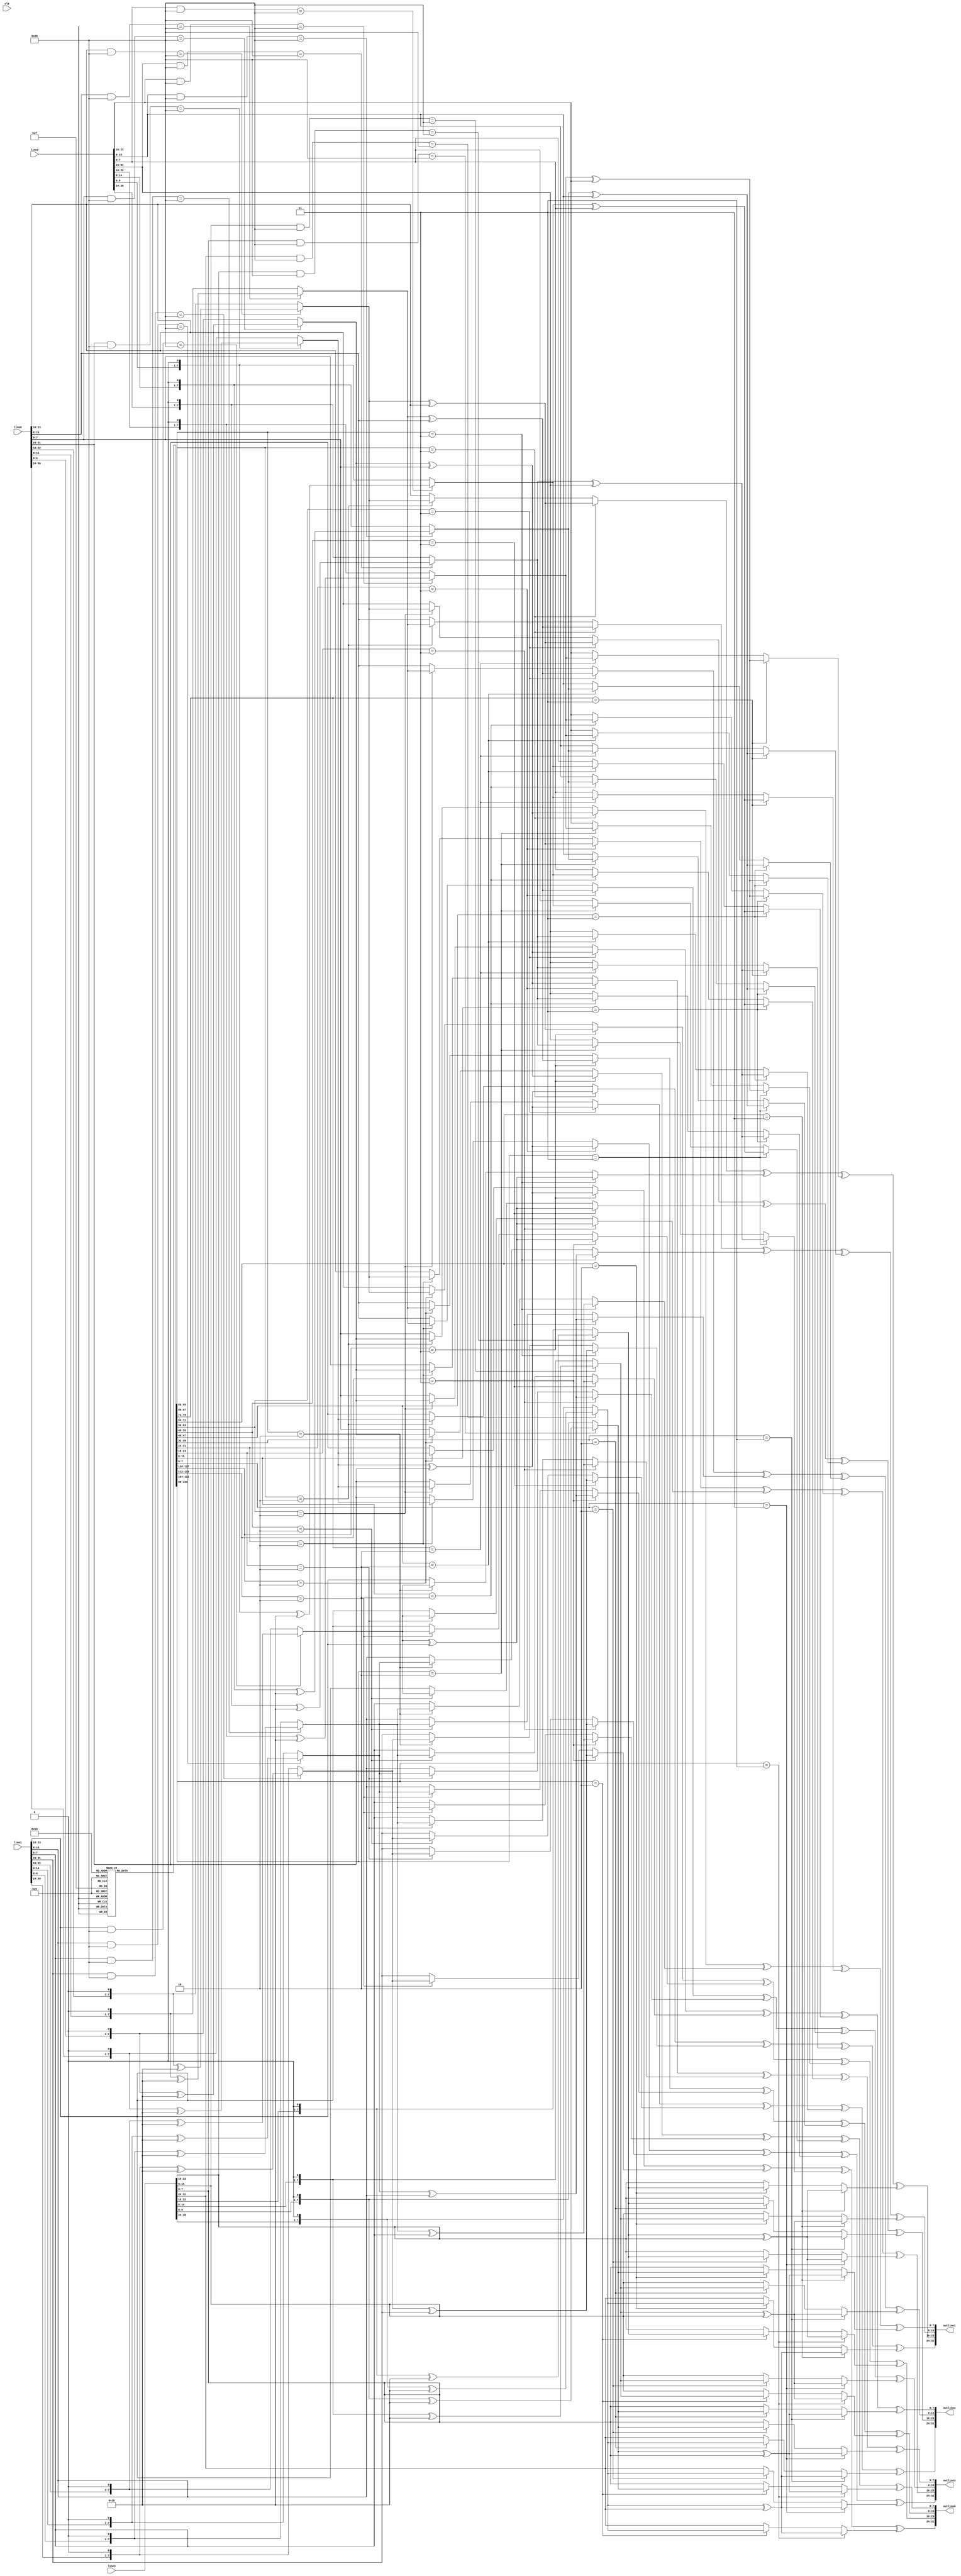
`timescale 1ps/1ps
module mixedColumns(input clk, input [31:0]line0, input [31:0]line1, input [31:0]line2, input [31:0]line3, 
                    output [31:0]outline0, output [31:0]outline1, output [31:0]outline2, output [31:0]outline3 
                    );

	reg[31:0]rijmatrix[3:0];
	reg[31:0]invmatrix[3:0];

	initial begin
		//Rijndael Matrix
		rijmatrix[0][31:24] <= 2;
		rijmatrix[0][23:16] <= 3;
		rijmatrix[0][15:8] <= 1;
		rijmatrix[0][7:0] <= 1;
		rijmatrix[1][31:24] <= 1;
		rijmatrix[1][23:16] <= 2;
		rijmatrix[1][15:8] <= 3;
		rijmatrix[1][7:0] <= 1;	
		rijmatrix[2][31:24] <= 1;
		rijmatrix[2][23:16] <= 1;
		rijmatrix[2][15:8] <= 2;
		rijmatrix[2][7:0] <= 3;	
		rijmatrix[3][31:24] <= 3;
		rijmatrix[3][23:16] <= 1;
		rijmatrix[3][15:8] <= 1;
		rijmatrix[3][7:0] <= 2;

		//Inverse Rijndael Matrix
		invmatrix[0][31:24] <= 14;
		invmatrix[0][23:16] <= 11;
		invmatrix[0][15:8] <= 13;
		invmatrix[0][7:0] <= 9;
		invmatrix[1][31:24] <= 9;
		invmatrix[1][23:16] <= 14;
		invmatrix[1][15:8] <= 13;
		invmatrix[1][7:0] <= 13;	
		invmatrix[2][31:24] <= 13;
		invmatrix[2][23:16] <= 9;
		invmatrix[2][15:8] <= 14;
		invmatrix[2][7:0] <= 11;	
		invmatrix[3][31:24] <= 11;
		invmatrix[3][23:16] <= 13;
		invmatrix[3][15:8] <= 9;
		invmatrix[3][7:0] <= 14;
	end

	function [7:0]gmul;
		input [7:0]in0;
		input [7:0]in1;
		gmul = (in1 == 3) ? (mul2(in0, in1) ^ in0) : (in1 == 2) ? mul2(in0, in1) : in0;
	endfunction	

	function [7:0]mul2;
		input [7:0]in0;
		input [7:0]in1;
		mul2 = ((in0 & 8'h80) == 8'h80) ? ((in0 << 1) ^ 8'h1b) : (in0 << 1);
	endfunction

	//Trying to figure out if there is a way to streamline mixCols.
	//As of right now values are hardcoded in, but this pains me.
	/*function [7:0]multiply;
		input [31:0]row;
		input [31:0]column;
	
	endfunction*/
	
//	always @(posedge clk) begin
	
//		if(!decrypt) begin	//encrypt
    //0th column
	assign outline0[31:24] = (gmul(line0[31:24], rijmatrix[0][31:24]) ^ gmul(line1[31:24],rijmatrix[0][23:16]) ^ gmul(line2[31:24],rijmatrix[0][15:8]) ^ gmul(line3[31:24],rijmatrix[0][7:0]));
	assign outline1[31:24] = (gmul(line0[31:24],rijmatrix[1][31:24]) ^ gmul(line1[31:24],rijmatrix[1][23:16]) ^ gmul(line2[31:24],rijmatrix[1][15:8]) ^ gmul(line3[31:24],rijmatrix[1][7:0]));
	assign outline2[31:24] = (gmul(line0[31:24],rijmatrix[2][31:24]) ^ gmul(line1[31:24],rijmatrix[2][23:16]) ^ gmul(line2[31:24],rijmatrix[2][15:8]) ^ gmul(line3[31:24],rijmatrix[2][7:0]));
	assign outline3[31:24] = (gmul(line0[31:24],rijmatrix[3][31:24]) ^ gmul(line1[31:24],rijmatrix[3][23:16]) ^ gmul(line2[31:24],rijmatrix[3][15:8]) ^ gmul(line3[31:24],rijmatrix[3][7:0]));

	//1st column
	assign outline0[23:16] = (gmul(line0[23:16],rijmatrix[0][31:24]) ^ gmul(line1[23:16],rijmatrix[0][23:16]) ^ gmul(line2[23:16],rijmatrix[0][15:8]) ^ gmul(line3[23:16],rijmatrix[0][7:0]));
	assign outline1[23:16] = (gmul(line0[23:16],rijmatrix[1][31:24]) ^ gmul(line1[23:16],rijmatrix[1][23:16]) ^ gmul(line2[23:16],rijmatrix[1][15:8]) ^ gmul(line3[23:16],rijmatrix[1][7:0]));
	assign outline2[23:16] = (gmul(line0[23:16],rijmatrix[2][31:24]) ^ gmul(line1[23:16],rijmatrix[2][23:16]) ^ gmul(line2[23:16],rijmatrix[2][15:8]) ^ gmul(line3[23:16],rijmatrix[2][7:0]));
	assign outline3[23:16] = (gmul(line0[23:16],rijmatrix[3][31:24]) ^ gmul(line1[23:16],rijmatrix[3][23:16]) ^ gmul(line2[23:16],rijmatrix[3][15:8]) ^ gmul(line3[23:16],rijmatrix[3][7:0]));

	//2nd column
	assign outline0[15:8] = (gmul(line0[15:8],rijmatrix[0][31:24]) ^ gmul(line1[15:8],rijmatrix[0][23:16]) ^ gmul(line2[15:8],rijmatrix[0][15:8]) ^ gmul(line3[15:8],rijmatrix[0][7:0]));
	assign outline1[15:8] = (gmul(line0[15:8],rijmatrix[1][31:24]) ^ gmul(line1[15:8],rijmatrix[1][23:16]) ^ gmul(line2[15:8],rijmatrix[1][15:8]) ^ gmul(line3[15:8],rijmatrix[1][7:0]));
	assign outline2[15:8] = (gmul(line0[15:8],rijmatrix[2][31:24]) ^ gmul(line1[15:8],rijmatrix[2][23:16]) ^ gmul(line2[15:8],rijmatrix[2][15:8]) ^ gmul(line3[15:8],rijmatrix[2][7:0]));
	assign outline3[15:8] = (gmul(line0[15:8],rijmatrix[3][31:24]) ^ gmul(line1[15:8],rijmatrix[3][23:16]) ^ gmul(line2[15:8],rijmatrix[3][15:8]) ^ gmul(line3[15:8],rijmatrix[3][7:0]));
	//3rd column
	assign outline0[7:0] = (gmul(line0[7:0],rijmatrix[0][31:24]) ^ gmul(line1[7:0],rijmatrix[0][23:16]) ^ gmul(line2[7:0],rijmatrix[0][15:8]) ^ gmul(line3[7:0],rijmatrix[0][7:0]));
	assign outline1[7:0] = (gmul(line0[7:0],rijmatrix[1][31:24]) ^ gmul(line1[7:0],rijmatrix[1][23:16]) ^ gmul(line2[7:0],rijmatrix[1][15:8]) ^ gmul(line3[7:0],rijmatrix[1][7:0]));
	assign outline2[7:0] = (gmul(line0[7:0],rijmatrix[2][31:24]) ^ gmul(line1[7:0],rijmatrix[2][23:16]) ^ gmul(line2[7:0],rijmatrix[2][15:8]) ^ gmul(line3[7:0],rijmatrix[2][7:0]));
	assign outline3[7:0] = (gmul(line0[7:0],rijmatrix[3][31:24]) ^ gmul(line1[7:0],rijmatrix[3][23:16]) ^ gmul(line2[7:0],rijmatrix[3][15:8]) ^ gmul(line3[7:0],rijmatrix[3][7:0]));

/*		end
		else begin //decrypt
			//0th column
			outline0[31:24] <= ((line0[31:24] * invmatrix[0][31:24]) + (line1[31:24] * invmatrix[0][23:16]) + (line2[31:24] * invmatrix[0][15:8]) + (line3[31:24] * invmatrix[0][7:0]));
			outline1[31:24] <= ((line0[31:24] * invmatrix[1][31:24]) + (line1[31:24] * invmatrix[1][23:16]) + (line2[31:24] * invmatrix[1][15:8]) + (line3[31:24] * invmatrix[1][7:0]));
			outline2[31:24] <= ((line0[31:24] * invmatrix[2][31:24]) + (line1[31:24] * invmatrix[2][23:16]) + (line2[31:24] * invmatrix[2][15:8]) + (line3[31:24] * invmatrix[2][7:0]));
			outline3[31:24] <= ((line0[31:24] * invmatrix[3][31:24]) + (line1[31:24] * invmatrix[3][23:16]) + (line2[31:24] * invmatrix[3][15:8]) + (line3[31:24] * invmatrix[3][7:0]));

			//1st column
			outline0[23:16] <= ((line0[23:16] * invmatrix[0][31:24]) + (line1[23:16] * invmatrix[0][23:16]) + (line2[23:16] * invmatrix[0][15:8]) + (line3[23:16] * invmatrix[0][7:0]));
			outline1[23:16] <= ((line0[23:16] * invmatrix[1][31:24]) + (line1[23:16] * invmatrix[1][23:16]) + (line2[23:16] * invmatrix[1][15:8]) + (line3[23:16] * invmatrix[1][7:0]));
			outline2[23:16] <= ((line0[23:16] * invmatrix[2][31:24]) + (line1[23:16] * invmatrix[2][23:16]) + (line2[23:16] * invmatrix[2][15:8]) + (line3[23:16] * invmatrix[2][7:0]));
			outline3[23:16] <= ((line0[23:16] * invmatrix[3][31:24]) + (line1[23:16] * invmatrix[3][23:16]) + (line2[23:16] * invmatrix[3][15:8]) + (line3[23:16] * invmatrix[3][7:0]));
	
			//2nd column
			outline0[15:8] <= ((line0[15:8] * invmatrix[0][31:24]) + (line1[15:8] * invmatrix[0][23:16]) + (line2[15:8] * invmatrix[0][15:8]) + (line3[15:8] * invmatrix[0][7:0]));
			outline1[15:8] <= ((line0[15:8] * invmatrix[1][31:24]) + (line1[15:8] * invmatrix[1][23:16]) + (line2[15:8] * invmatrix[1][15:8]) + (line3[15:8] * invmatrix[1][7:0]));
			outline2[15:8] <= ((line0[15:8] * invmatrix[2][31:24]) + (line1[15:8] * invmatrix[2][23:16]) + (line2[15:8] * invmatrix[2][15:8]) + (line3[15:8] * invmatrix[2][7:0]));
			outline3[15:8] <= ((line0[15:8] * invmatrix[3][31:24]) + (line1[15:8] * invmatrix[3][23:16]) + (line2[15:8] * invmatrix[3][15:8]) + (line3[15:8] * invmatrix[3][7:0]));

			//3rd column
			outline0[7:0] <= ((line0[7:0] * invmatrix[0][31:24]) + (line1[7:0] * invmatrix[0][23:16]) + (line2[7:0] * invmatrix[0][15:8]) + (line3[7:0] * invmatrix[0][7:0]));
			outline1[7:0] <= ((line0[7:0] * invmatrix[1][31:24]) + (line1[7:0] * invmatrix[1][23:16]) + (line2[7:0] * invmatrix[1][15:8]) + (line3[7:0] * invmatrix[1][7:0]));
			outline2[7:0] <= ((line0[7:0] * invmatrix[2][31:24]) + (line1[7:0] * invmatrix[2][23:16]) + (line2[7:0] * invmatrix[2][15:8]) + (line3[7:0] * invmatrix[2][7:0]));
			outline3[7:0] <= ((line0[7:0] * invmatrix[3][31:24]) + (line1[7:0] * invmatrix[3][23:16]) + (line2[7:0] * invmatrix[3][15:8]) + (line3[7:0] * invmatrix[3][7:0]));
		end

	end*/
endmodule